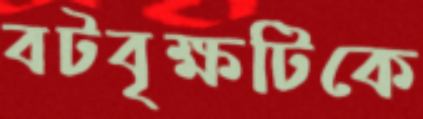
বটবৃক্ষটিকে